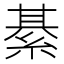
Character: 綦